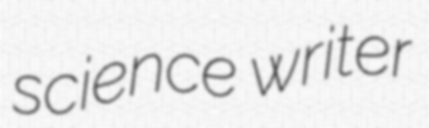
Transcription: science writer